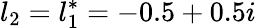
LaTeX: l_{2}=l_{1}^{*}=-0.5+0.5i